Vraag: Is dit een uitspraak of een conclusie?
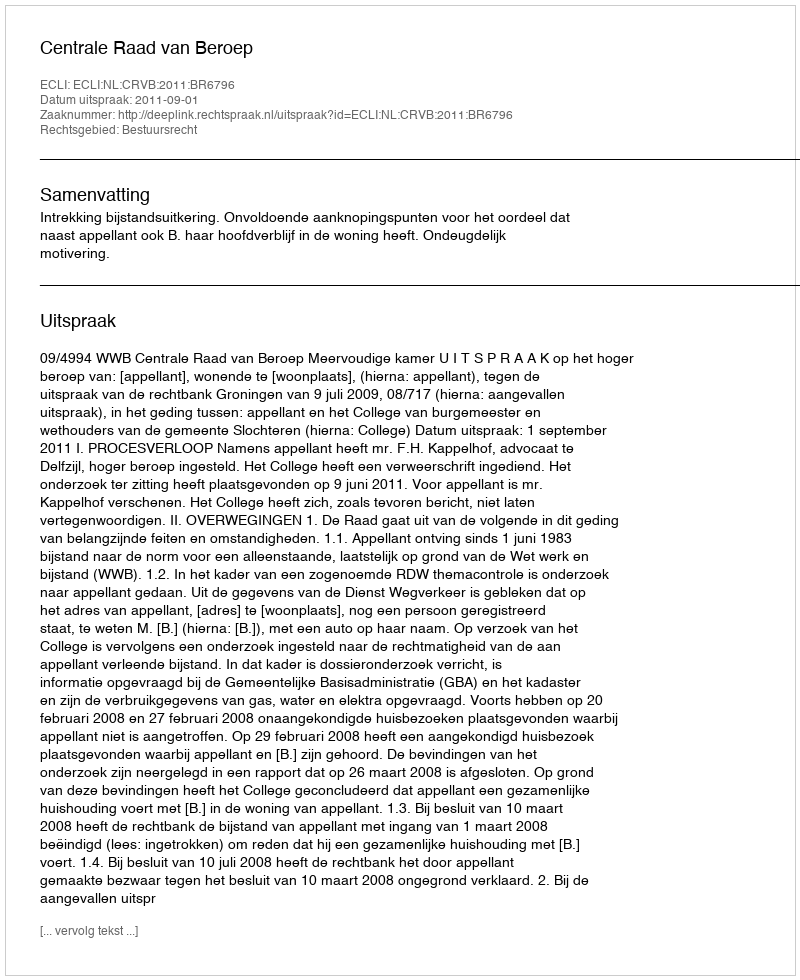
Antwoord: Uitspraak